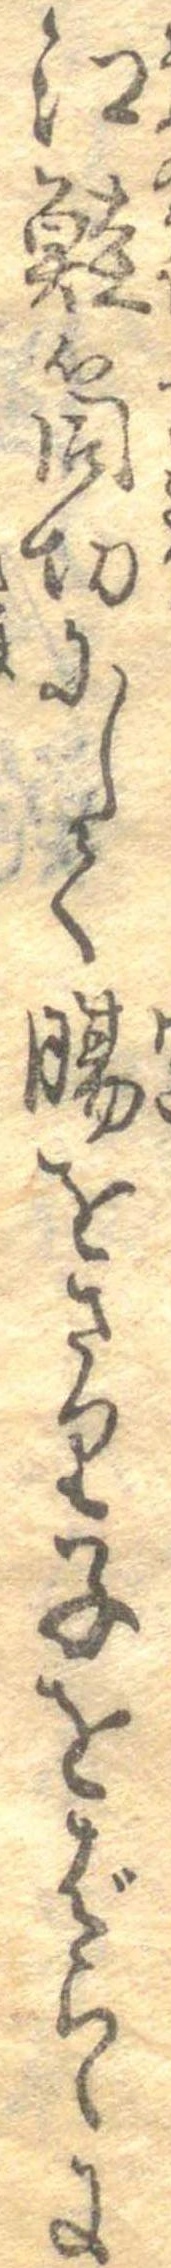
江鮭筒切にして腸をさり子をばらゝに